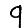
Digit: 9